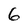
Character: 6